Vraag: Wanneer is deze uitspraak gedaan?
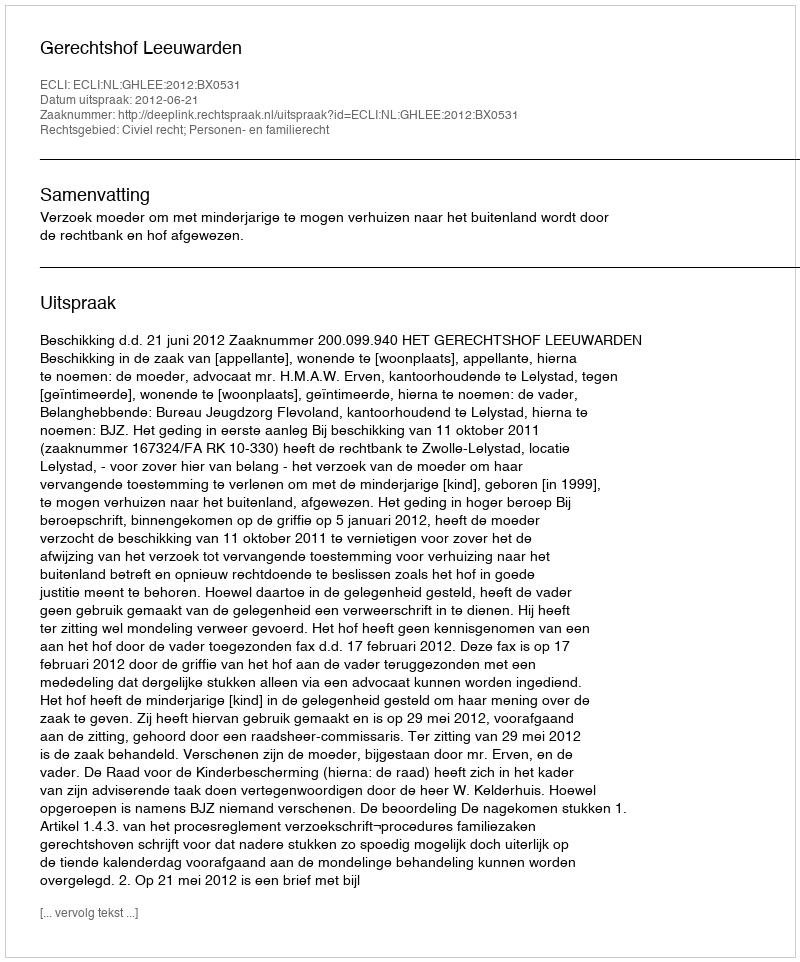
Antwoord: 2012-06-21